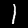
Label: 1